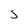
Character: S